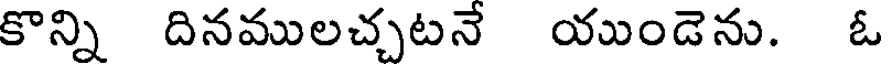
కొన్ని దినములచ్చటనే యుండెను. ఓ